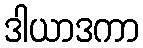
ဒါယာဒကာ